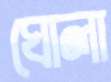
ঘোলা